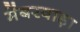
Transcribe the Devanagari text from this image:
मेंबरवाड़ा